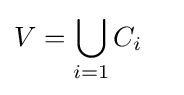
{\begin{aligned}V&=\bigcup _{i=1}C_{i}\end{aligned}}